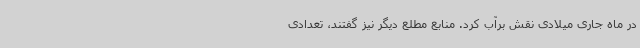
در ماه جاری میلادی نقش برآب کرد. منابع مطلع دیگر نیز گفتند، تعدادی